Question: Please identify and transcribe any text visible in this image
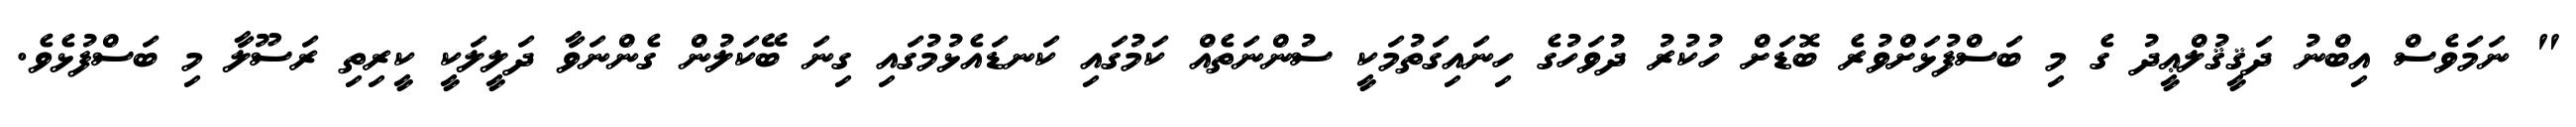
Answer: " ނަމަވެސް އިބްނު ދަޤީޤުލްޢީދު ގެ މި ބަސްފުޅަށްވުރެ ބޮޑަށް ހުކުރު ދުވަހުގެ ހިނައިގަތުމަކީ ސުންނަތެއް ކަމުގައި ކަނޑައެޅުމުގައި ގިނަ ބޭކަލުން ގެންނަވާ ދަލީލަކީ ކީރިތި ރަސޫލާ މި ބަސްފުޅެވެ.